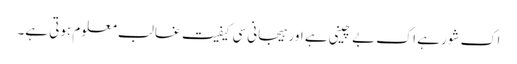
اک شور ہے اک بے چینی ہے اور ہیجانی سی کیفیت غالب معلوم ہوتی ہے۔